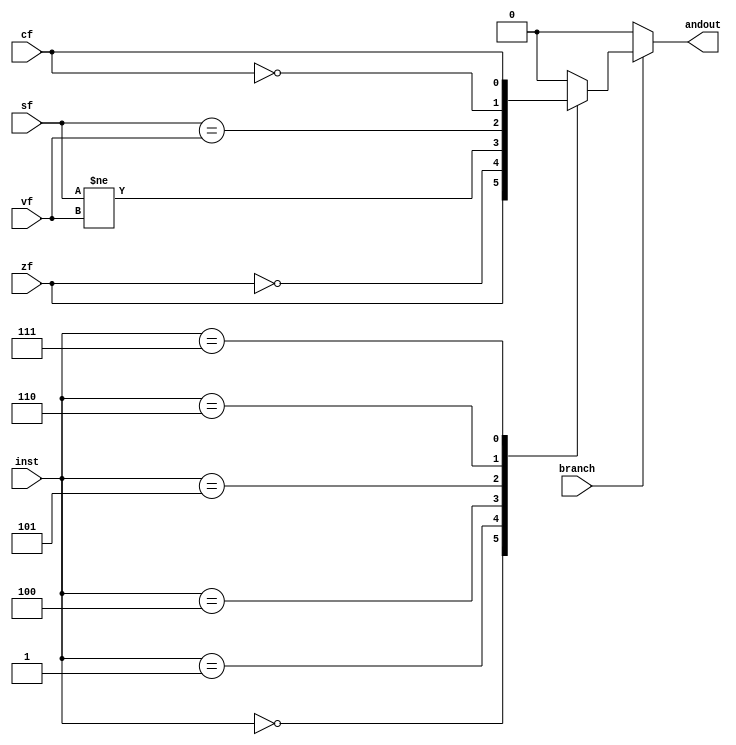
`timescale 1ns / 1ps
//////////////////////////////////////////////////////////////////////////////////
// Company: 
// Engineer: 
// 
// Design Name: 
// Module Name: branches
// Project Name: 
// Target Devices: 
// Tool Versions: 
// Description: 
// 
// Dependencies: 
// 
// Revision:
// Revision 0.01 - File Created
// Additional Comments:
// 
//////////////////////////////////////////////////////////////////////////////////


module branches(
    input branch,
    input [2:0] inst,
    output reg andout,
    input zf,
    input cf,
    input sf,
    input vf
    );
    
    always @(*) begin
        if(branch)begin
            case(inst)
                3'b000: andout = zf;
                3'b001: andout = ~zf;
                3'b100: andout = (sf != vf);
                3'b101: andout = (sf == vf);
                3'b110: andout = ~cf;
                3'b111: andout = cf;
                default: andout = 1'b0;
            endcase
        end
        else
            andout = 1'b0;
    end
    
endmodule